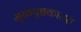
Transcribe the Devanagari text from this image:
मुखपृष्ठकारास